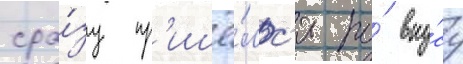
сра́зу пр'ишё́лс'я по́ вку́су